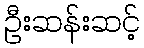
ဦးဆန်းဆင့်